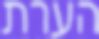
הערת